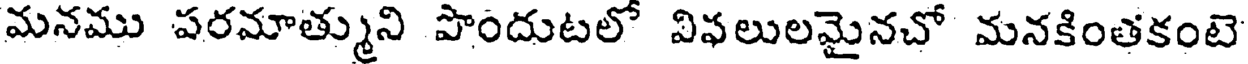
మనము పరమాత్ముని పొందుటలో విఫలులమైనచో మనకింతకంటె